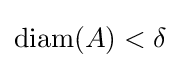
\operatorname {diam} (A)<\delta